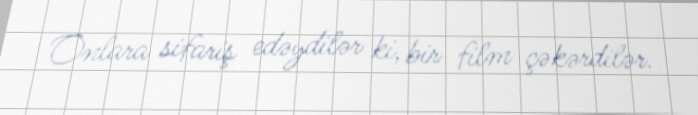
Onlara sifariş edəydilər ki, bir film çəkərdilər.